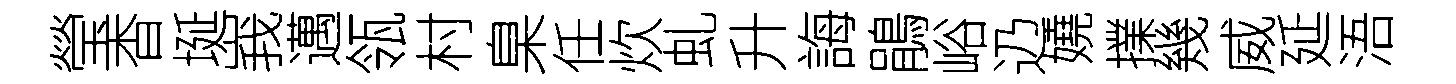
瑩杳埏峩邁瓴村臬任炊虬升誨鵑峪辸嬈擈幾威延浯